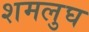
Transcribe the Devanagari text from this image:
शमलुघ